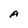
Character: A